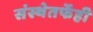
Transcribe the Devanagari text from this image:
संस्थेतर्फेही